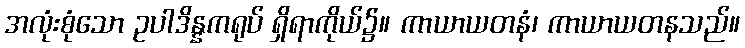
အလုံးစုံသော ဥပါဒိန္နကရုပ် ရှိရာကိုယ်၌။ ကာယာယတနံ၊ ကာယာယတနသည်။